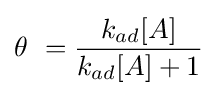
\theta \ ={\frac {k_{ad}[A]}{k_{ad}[A]+1}}